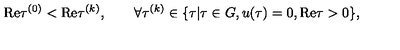
\mathrm { R e } \tau ^ { ( 0 ) } < \mathrm { R e } \tau ^ { ( k ) } , \qquad \forall \tau ^ { ( k ) } \in \{ \tau | \tau \in G , u ( \tau ) = 0 , \mathrm { R e } \tau > 0 \} ,